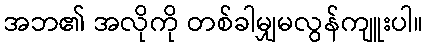
အဘ၏ အလိုကို တစ်ခါမျှမလွန်ကျူးပါ။